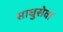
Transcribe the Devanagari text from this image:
साधुसेवा